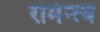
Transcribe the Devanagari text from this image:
रोमेन्त्च